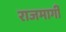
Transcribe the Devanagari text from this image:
राजमार्गीं